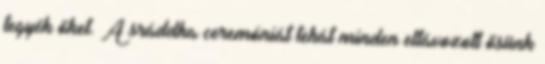
tegyék őket. A sráddha ceremóniát tehát minden eltávozott ősünk